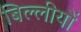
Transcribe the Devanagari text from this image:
बिल्लीयों